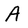
Character: A